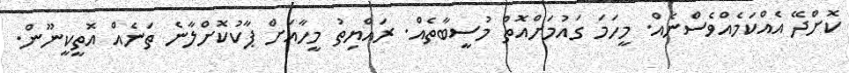
ކޮށްދޭ އެއްކަމެއްވެސްނެއް. މީހަމަ ގައުމަށްއޮތް މުސީބާތެއް. ރައްޔިތު މީހާއަށް ޕާކުކޮށްލާނެ ތަނެއް އޮތީކީނޫން.